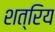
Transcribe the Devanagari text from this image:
शत्रिय